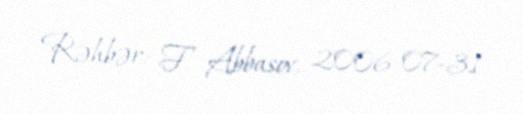
Rəhbər: F. Abbasov, 2006-07-31